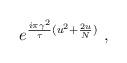
LaTeX: \begin{align*}e^{{i \pi \gamma^2 \over \tau} (u^2 + {2u \over N})} \ ,\end{align*}